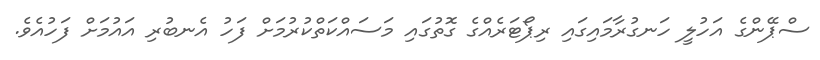
ސްޕޭންގެ އަހުލީ ހަނގުރާމައިގައި ރިޕޯޓަރެއްގެ ގޮތުގައި މަސައްކަތްކުރުމަށް ފަހު އެނބުރި އައުމަށް ފަހުއެވެ.